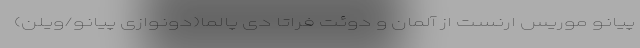
پیانو موریس ارنست از آلمان و دوئت فراتا دی پالما(دونوازی پیانو/ویلن)